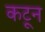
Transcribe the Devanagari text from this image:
कटून